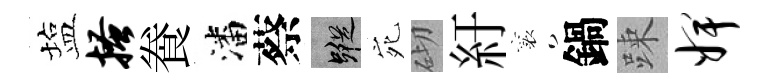
塩搔飬潘蔡蹤宛砌紆襄鍋踈婢